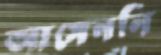
আসেননি